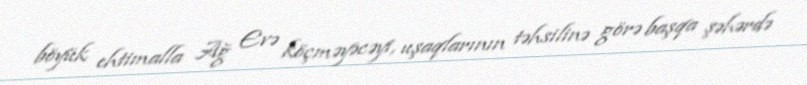
böyük ehtimalla Ağ Evə köçməyəcəyi, uşaqlarının təhsilinə görə başqa şəhərdə